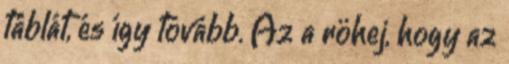
táblát, és így tovább. Az a röhej, hogy az